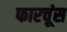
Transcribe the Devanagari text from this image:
फारचूंस